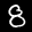
Label: 8